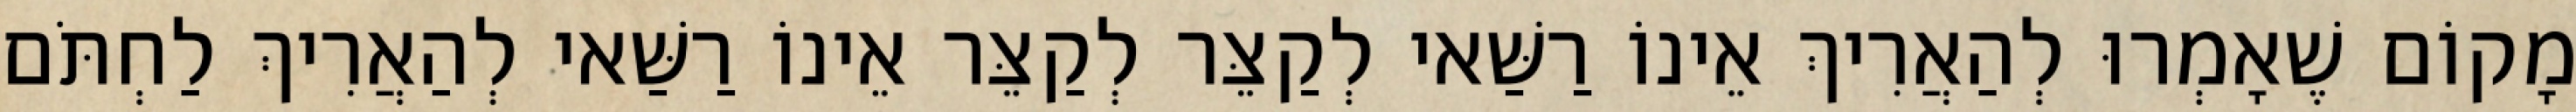
מָקוֹם שֶׁאָמְרוּ לְהַאֲרִיךְ אֵינוֹ רַשַּׁאי לְקַצֵּר לְקַצֵּר אֵינוֹ רַשַּׁאי לְהַאֲרִיךְ לַחְתֹּם